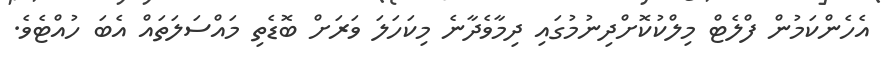
އެހެންކަމުން ފްލެޓް މިލްކުކޮށްދިނުމުގައި ދިމާވެދާނެ މިކަހަލަ ވަރަށް ބޮޑެތި މައްސަލަތައް އެބަ ހުއްޓެވެ.